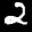
Label: 2